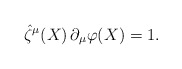
\begin{align*}\hat\zeta^\mu(X)\, \partial_\mu\varphi(X)=1.\end{align*}